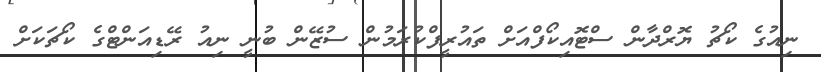
ނިއުގެ ކޯޗު ޔޮރްދާން ސްޓޮއިކޯފްއަށް ތައުރީފްކުރަމުން ސުޒޭން ބުނީ ނިއު ރޭޑިއަންޓްގެ ކޯޗަކަށް